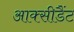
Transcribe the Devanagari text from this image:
आक्सीडैंट